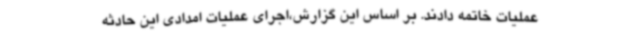
عملیات خاتمه دادند. بر اساس این گزارش،اجرای عملیات امدادی این حادثه